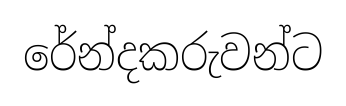
රේන්දකරුවන්ට